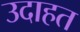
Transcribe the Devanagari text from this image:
उदाहत